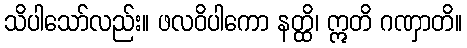
သိပါသော်လည်း။ ဖလဝိပါကော နတ္ထိ၊ ဣတိ ဂဏှာတိ။